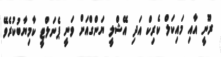
ރޫނީ އާއި މައިކަލް ކެރިކް އަދި އޭޝްލީ ޔަންގްއަށް ވަނީ ޕެނަލްޓީ ކާމިޔާބުކުރެވޭ